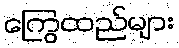
ကြွေထည်များ